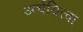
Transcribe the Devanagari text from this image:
अर्चयित्वा